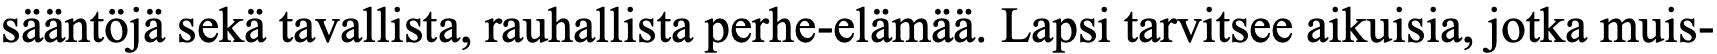
sääntöjä sekä tavallista, rauhallista perhe-elämää. Lapsi tarvitsee aikuisia, jotka muis-